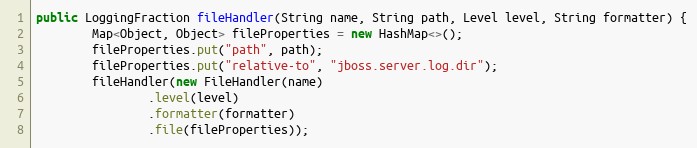
Language: Java
public LoggingFraction fileHandler(String name, String path, Level level, String formatter) {
        Map<Object, Object> fileProperties = new HashMap<>();
        fileProperties.put("path", path);
        fileProperties.put("relative-to", "jboss.server.log.dir");
        fileHandler(new FileHandler(name)
                .level(level)
                .formatter(formatter)
                .file(fileProperties));